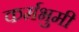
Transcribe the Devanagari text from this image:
कर्मभुमी